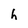
Character: h